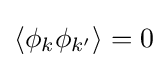
\left\langle \phi _{k}\phi _{k'}\right\rangle =0